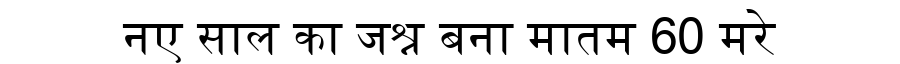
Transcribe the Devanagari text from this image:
नए साल का जश्न बना मातम 60 मरे